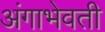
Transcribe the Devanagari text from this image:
अंगाभेवती